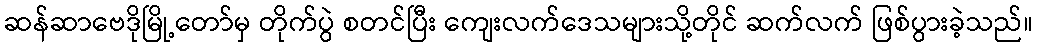
ဆန်ဆာဗေဒိုမြို့တော်မှ တိုက်ပွဲ စတင်ပြီး ကျေးလက်ဒေသများသို့တိုင် ဆက်လက် ဖြစ်ပွားခဲ့သည်။